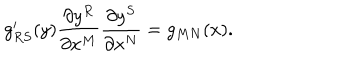
LaTeX: g _ { R S } ^ { \prime } ( y ) \frac { \partial y ^ { R } } { \partial x ^ { M } } \frac { \partial y ^ { S } } { \partial x ^ { N } } = g _ { M N } ( x ) .